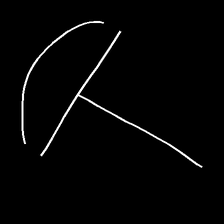
Glyph: dispersion